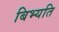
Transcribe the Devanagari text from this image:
बिभ्यति